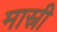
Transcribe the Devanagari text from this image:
मास्री